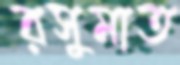
রসুমাত